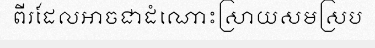
ពីរដែលអាចជាដំណោះស្រាយសមស្រប